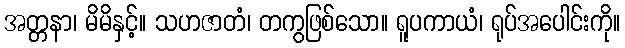
အတ္တနာ၊ မိမိနှင့်။ သဟဇာတံ၊ တကွဖြစ်သော။ ရူပကာယံ၊ ရုပ်အပေါင်းကို။